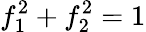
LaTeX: f_{1}^{2}+f_{2}^{2}=1